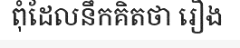
ពុំដែលនឹកគិតថា រឿង